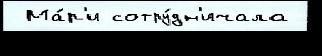
 Ма́р'и сотру́дн'ичала